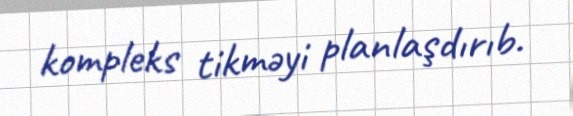
kompleks tikməyi planlaşdırıb.